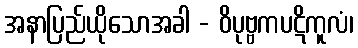
အနာပြည်ယိုသောအခါ - ဝိပုဗ္ဗကပဋိကူလံ၊